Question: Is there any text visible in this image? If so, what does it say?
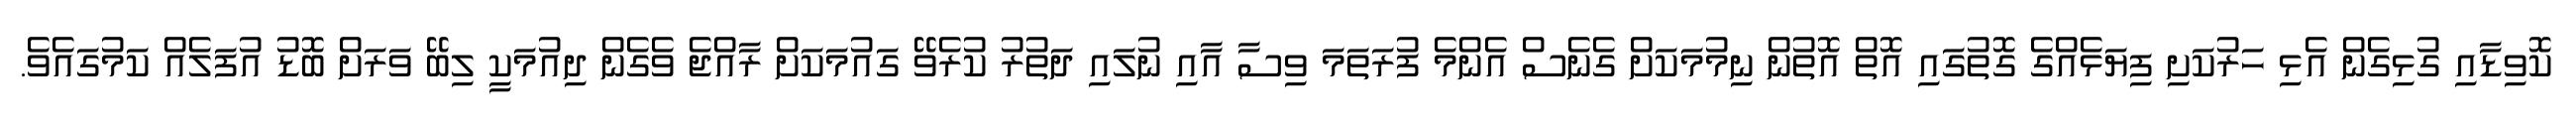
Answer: ކޮވިޑާއި ގުޅިގެން އެޅި ހަރުކަށި ފިޔަޅެއްގެ ގޮތުގައި އޮތް އޮތުން ނިމުމަކަށް ގެނެސް އެންމެ ފުރަތަމަ ވިސާ އާއި ނުލައި ދަތުރު ކުރެވޭ ގައުމަކަށް ރާއްޖެ ވެގެން ދިއުމަކީ ލިބޭ ވަރަށް ބޮޑު އުފަލެއް ކަމުގައެވެ.